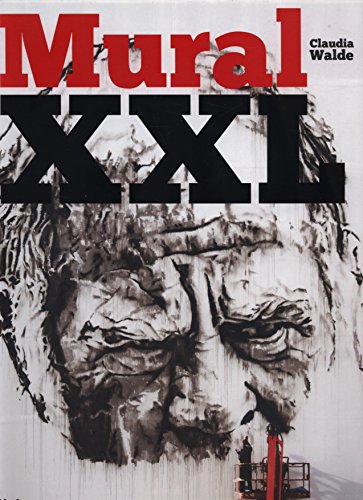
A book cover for Mural XXL; Claudia Walde; Arts & Photography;